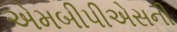
એમબીપીએસની